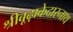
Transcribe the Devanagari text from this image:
श्रीबूढ़ाकेदारनाथ